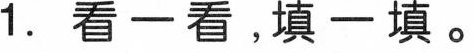
1.看一看，填一填。